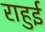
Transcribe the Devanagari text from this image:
राहुई